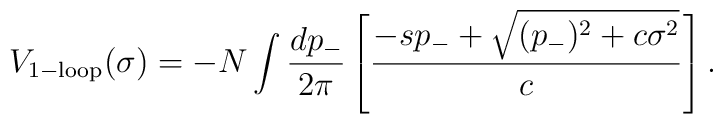
V_{1-{\rm loop}}(\sigma)=-N \int {dp_- \over 2\pi}\left[{-sp_-+\sqrt{(p_-)^2+c\sigma^2} \over c} \right].